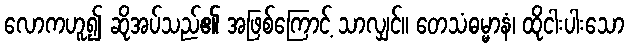
လောကဟူ၍ ဆိုအပ်သည်၏ အဖြစ်ကြောင့် သာလျှင်။ တေသံဓမ္မာနံ၊ ထိုငါးပါးသော